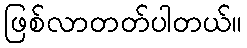
ဖြစ်လာတတ်ပါတယ်။